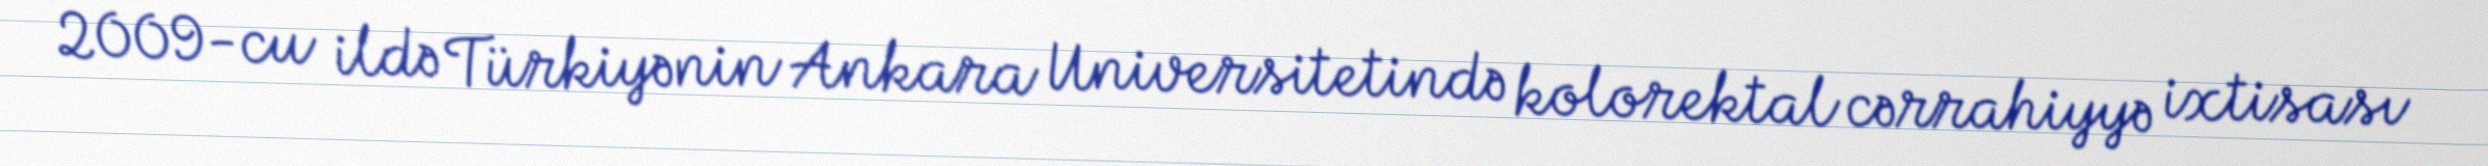
2009-cu ildə Türkiyənin Ankara Universitetində kolorektal cərrahiyyə ixtisası